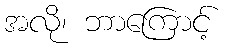
အလို၊ ဘာကြောင့်